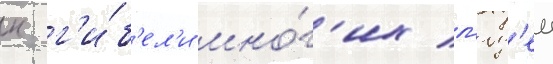
к г'и́б'ел'и мно́г'их л'юд'еи